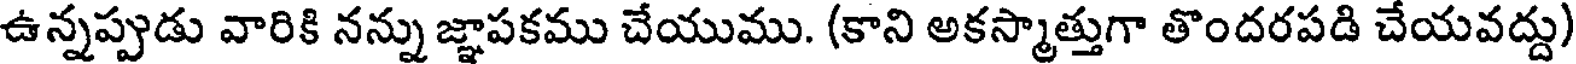
ఉన్నప్పుడు వారికి నన్ను జ్ఞాపకము చేయుము. (కాని అకస్మాత్తుగా తొందరపడి చేయవద్దు)